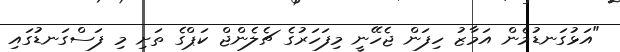
"އަޅުގަނޑުމެން އަމާޒު ހިފަން ޖެހޭނީ މިފަހަރުގެ ޗެލެންޖް ކަޕްގެ ތަށި މި ފަސްގަނޑުގައި